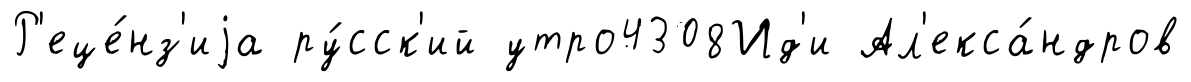
Р'еце́нз'иjа ру́сск'ий утро4308Ид'и Ал'екса́ндров